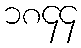
၁၈၄၄